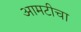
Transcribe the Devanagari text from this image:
आमटीचा